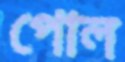
পোল